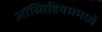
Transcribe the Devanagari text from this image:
ऑब्सिडियममध्ये